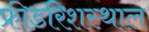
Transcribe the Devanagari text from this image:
फ्रीडरिशस्थाल